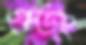
গুডং